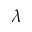
\lambda